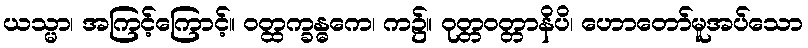
ယသ္မာ၊ အကြင့်ကြောင့်။ ဝတ္ထက္ခန္ဓကေ၊ က၌။ ဝုတ္တဝတ္တာနိပိ၊ ဟောတော်မူအပ်သော